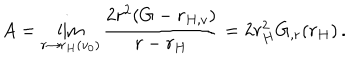
A = \lim _ { r \rightarrow r _ { H } ( v _ { 0 } ) } \frac { 2 r ^ { 2 } ( G - r _ { H , v } ) } { r - r _ { H } } = 2 r _ { H } ^ { 2 } G _ { , r } ( r _ { H } ) \, .